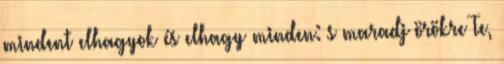
mindent elhagyok és elhagy minden: s maradj örökre Te,